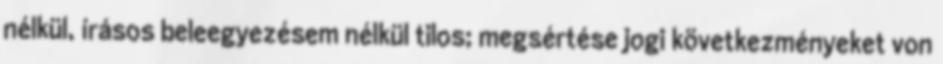
nélkül, írásos beleegyezésem nélkül tilos; megsértése jogi következményeket von